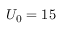
U _ { 0 } = 1 5